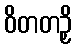
ဝိတတဉှိ